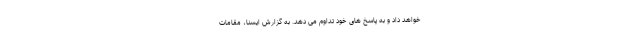
خواهد داد و به پاسخ های خود تداوم می دهد. به گزارش ایسنا، مقامات